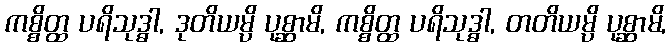
ကစ္စိတ္ထ ပရိသုဒ္ဓါ, ဒုတိယမ္ပိ ပုစ္ဆာမိ, ကစ္စိတ္ထ ပရိသုဒ္ဓါ, တတိယမ္ပိ ပုစ္ဆာမိ,